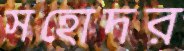
সহোদর